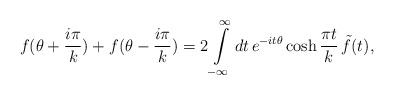
\begin{align*}f(\theta+ \frac{i \pi}{k}) + f( \theta - \frac{i \pi}{k}) = 2 \int\limits_{-\infty}^{\infty} dt \, e^{-i t\theta} \cosh \frac{\pi t}{k}\,\tilde{f}(t),\end{align*}